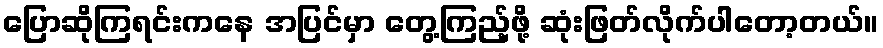
ပြောဆိုကြရင်းကနေ အပြင်မှာ တွေ့ကြည့်ဖို့ ဆုံးဖြတ်လိုက်ပါတော့တယ်။